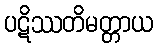
ပဋိဿတိမတ္တာယ